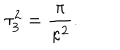
\tau _ { 3 } ^ { 2 } = { \frac { \pi } { \kappa ^ { 2 } } } .